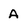
Character: A